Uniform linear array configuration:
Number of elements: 12
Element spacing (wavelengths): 1
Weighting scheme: cosine
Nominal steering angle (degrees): -30
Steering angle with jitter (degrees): -31.51
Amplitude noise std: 0.05
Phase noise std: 0.05

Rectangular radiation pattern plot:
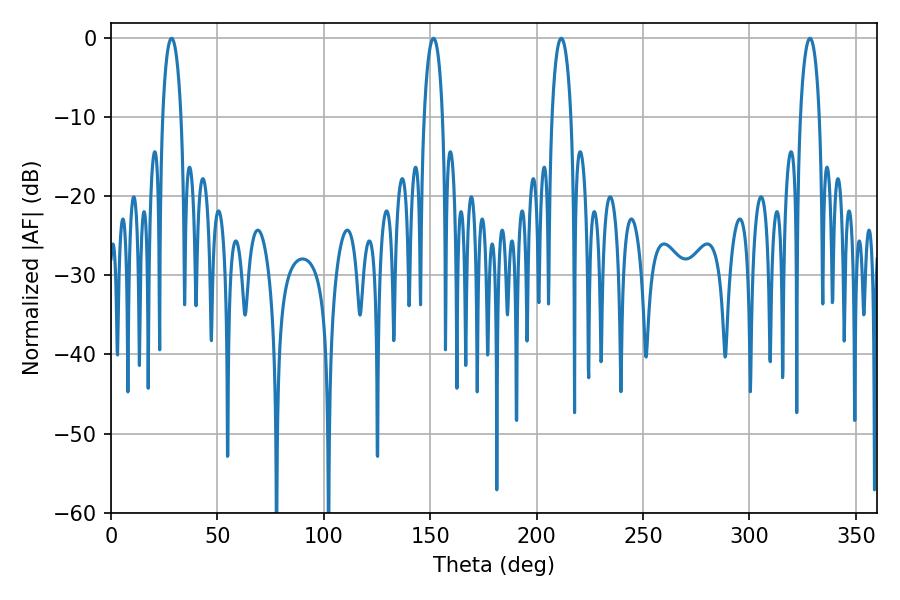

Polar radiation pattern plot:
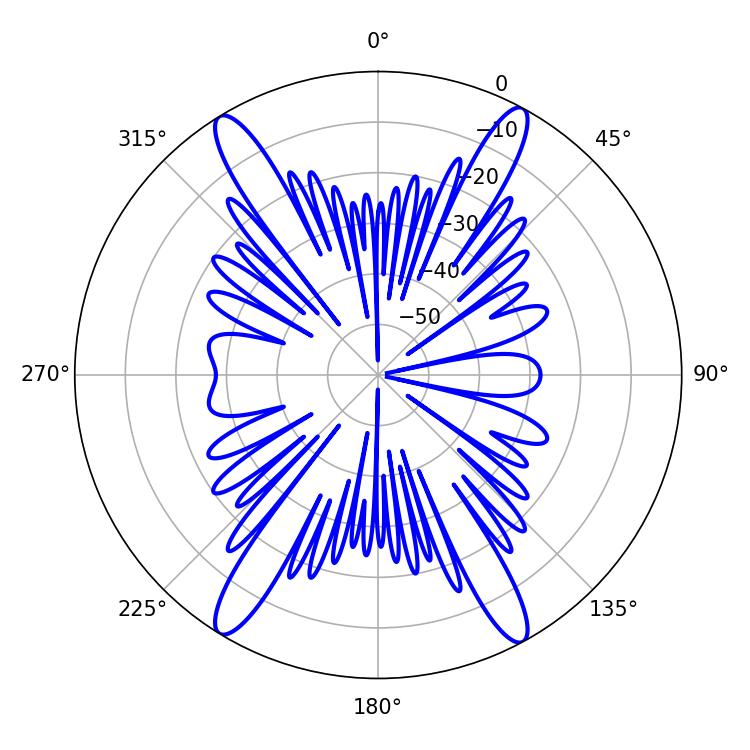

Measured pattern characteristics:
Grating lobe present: TRUE
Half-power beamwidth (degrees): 4.86
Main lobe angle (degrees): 28.44